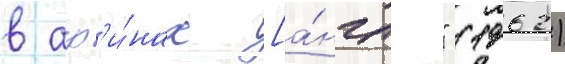
в аф'и́нах [а́нгл." (1962)